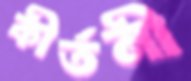
কীর্তনী